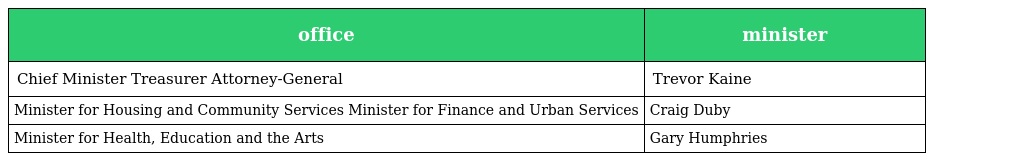
| office | minister |
 | --- | --- |
 | Chief Minister Treasurer Attorney-General | Trevor Kaine |
 | Minister for Housing and Community Services Minister for Finance and Urban Services | Craig Duby |
 | Minister for Health, Education and the Arts | Gary Humphries |